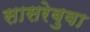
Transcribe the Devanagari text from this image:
सासरेबुवा